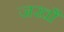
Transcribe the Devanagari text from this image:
जखौ